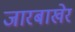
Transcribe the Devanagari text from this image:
जारबाखेर